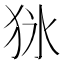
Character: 𤝣